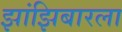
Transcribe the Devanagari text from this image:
झांझिबारला